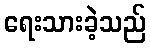
ရေးသားခဲ့သည်